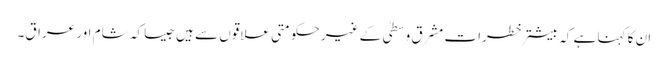
ان کا کہنا ہے کہ بیشتر خطرات مشرق وسطیٰ کے غیر حکومتی علاقوں سے ہیں جیسا کہ شام اور عراق۔